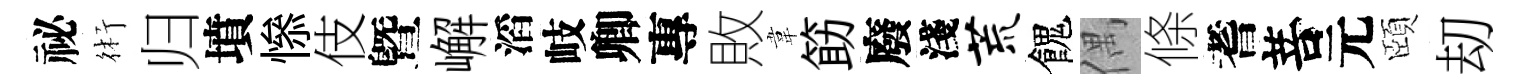
祕術归墳𢡖伎曁嶰滔岐卿專敗韋筯廢淺荒餽偶條耆菩元頤刧